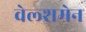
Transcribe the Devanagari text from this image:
वेल्शमेन